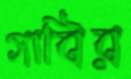
গাবির